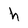
Character: h